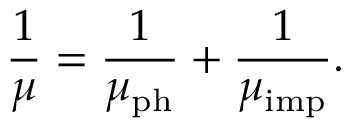
\frac { 1 } { \mu } = \frac { 1 } { \mu _ { \mathrm { p h } } } + \frac { 1 } { \mu _ { \mathrm { i m p } } } .